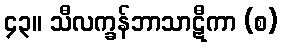
၄၃။ သီလက္ခန်ဘာသာဋီကာ (စ)